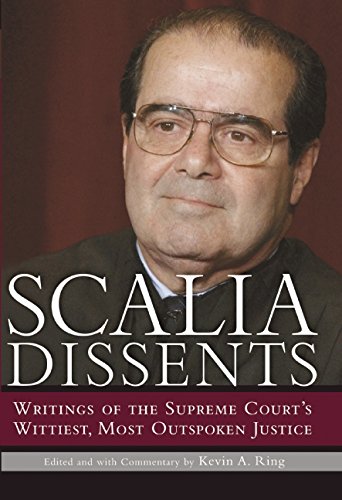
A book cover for Scalia Dissents: Writings of the Supreme Court's Wittiest, Most Outspoken Justice; Antonin Scalia; Law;